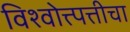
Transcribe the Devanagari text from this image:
विश्वोत्त्पत्तीचा